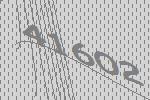
41602